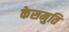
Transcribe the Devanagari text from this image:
केसमुति